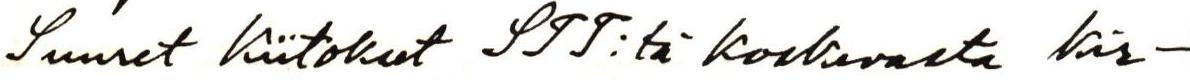
Suuret kiitokset STT:tä koskevasta kir-